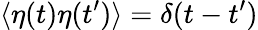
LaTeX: \langle\eta(t)\eta(t^{\prime})\rangle=\delta(t-t^{\prime})